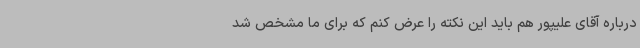
درباره آقای علیپور هم باید این نکته را عرض کنم که برای ما مشخص شد